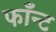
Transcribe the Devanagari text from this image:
फाँन्ट